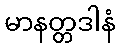
မာနတ္တဒါနံ